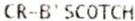
CR-B'SCOTCH